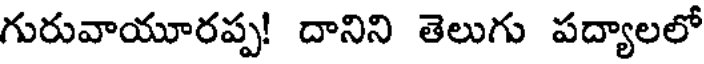
గురువాయూరప్ప! దానిని తెలుగు పద్యాలలో